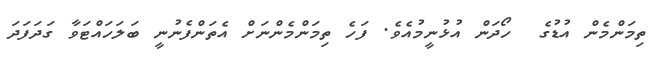
ތިމަންމެން އުޑުގެ  ހޯދަން އުޅުނީމުއެވެ. ފަހެ ތިމަންމެންނަށް އެތަންފެނުނީ ބަލަހައްޓަވާ ގަދަފަދަ